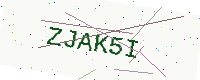
Text: ZJAK5I